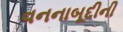
વનનાબૂદીની